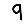
Digit: 9